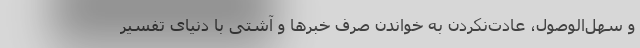
و سهل‌الوصول، عادت‌نکردن به خواندن صرف خبرها و آشتی با دنیای تفسیر